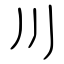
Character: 川